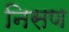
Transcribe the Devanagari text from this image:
निसण